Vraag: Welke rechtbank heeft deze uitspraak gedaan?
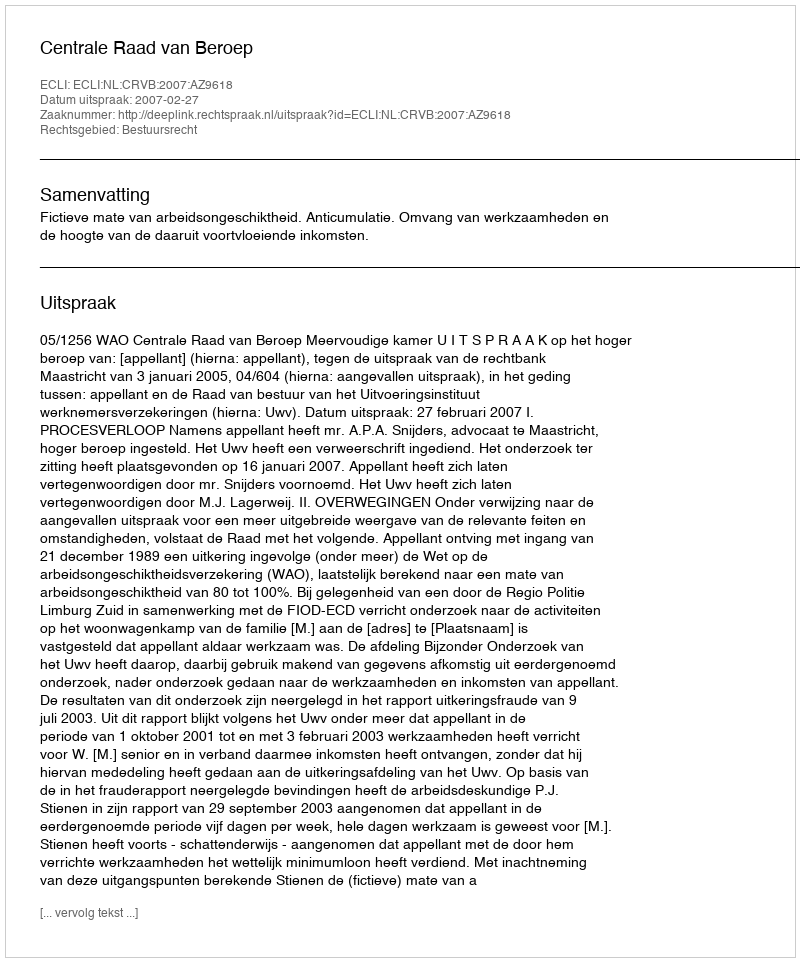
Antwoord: Centrale Raad van Beroep